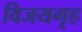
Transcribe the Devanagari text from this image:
विजयगृह